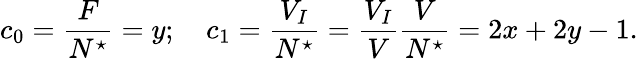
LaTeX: c_{0}=\frac{F}{N^{\star}}=y;\quad c_{1}=\frac{V_{I}}{N^{\star}}=\frac{V_{I}}{V}\frac{V}{N^{\star}}=2x+2y-1.